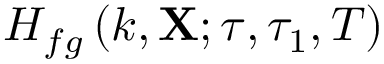
H _ { f g } \left( k , \mathbf { X } ; \tau , \tau _ { 1 } , T \right)